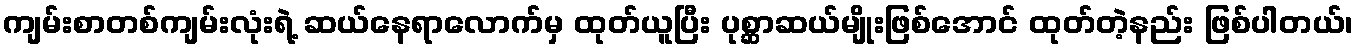
ကျမ်းစာတစ်ကျမ်းလုံးရဲ့ ဆယ်နေရာလောက်မှ ထုတ်ယူပြီး ပုစ္ဆာဆယ်မျိုးဖြစ်အောင် ထုတ်တဲ့နည်း ဖြစ်ပါတယ်၊